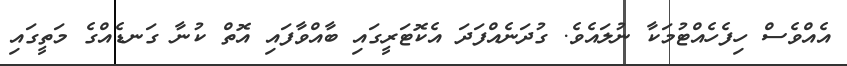
އެއްވެސް ހިފެހެއްޓުމަކާ ނުލައެވެ. ގުދަނެއްފަދަ އެކޮޓަރީގައި ބާއްވާފައި އޮތް ކުނާ ގަނޑެއްގެ މަތީގައި